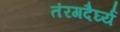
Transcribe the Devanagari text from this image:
तंरगदैर्घ्य